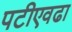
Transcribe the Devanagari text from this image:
पटीएवढा